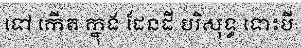
ទៅ កើត ក្នុង ដែនដី បរិសុទ្ធ ទោះបី